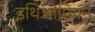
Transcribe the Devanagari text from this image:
इथिओपियन